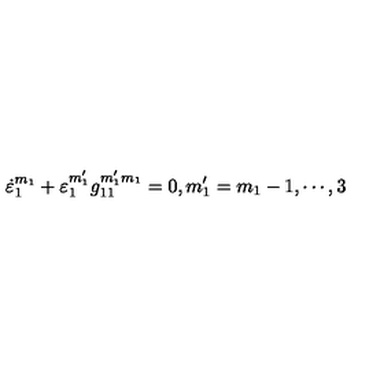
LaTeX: \dot { \varepsilon } _ { 1 } ^ { m _ { 1 } } + \varepsilon _ { 1 } ^ { m _ { 1 } ^ { \prime } } g _ { 1 1 } ^ { m _ { 1 } ^ { \prime } m _ { 1 } } = 0 , m _ { 1 } ^ { \prime } = m _ { 1 } - 1 , \cdots , 3